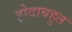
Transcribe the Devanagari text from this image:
होदाबहुत